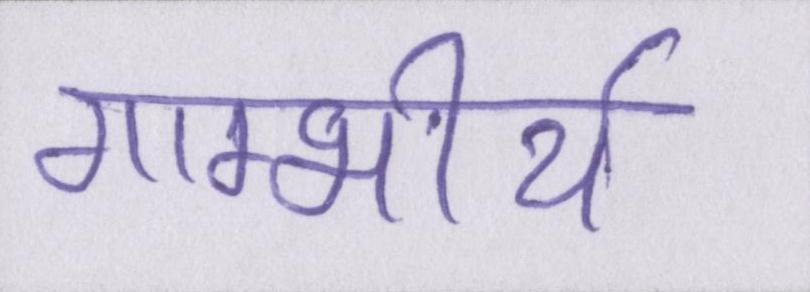
गाम्भीर्य